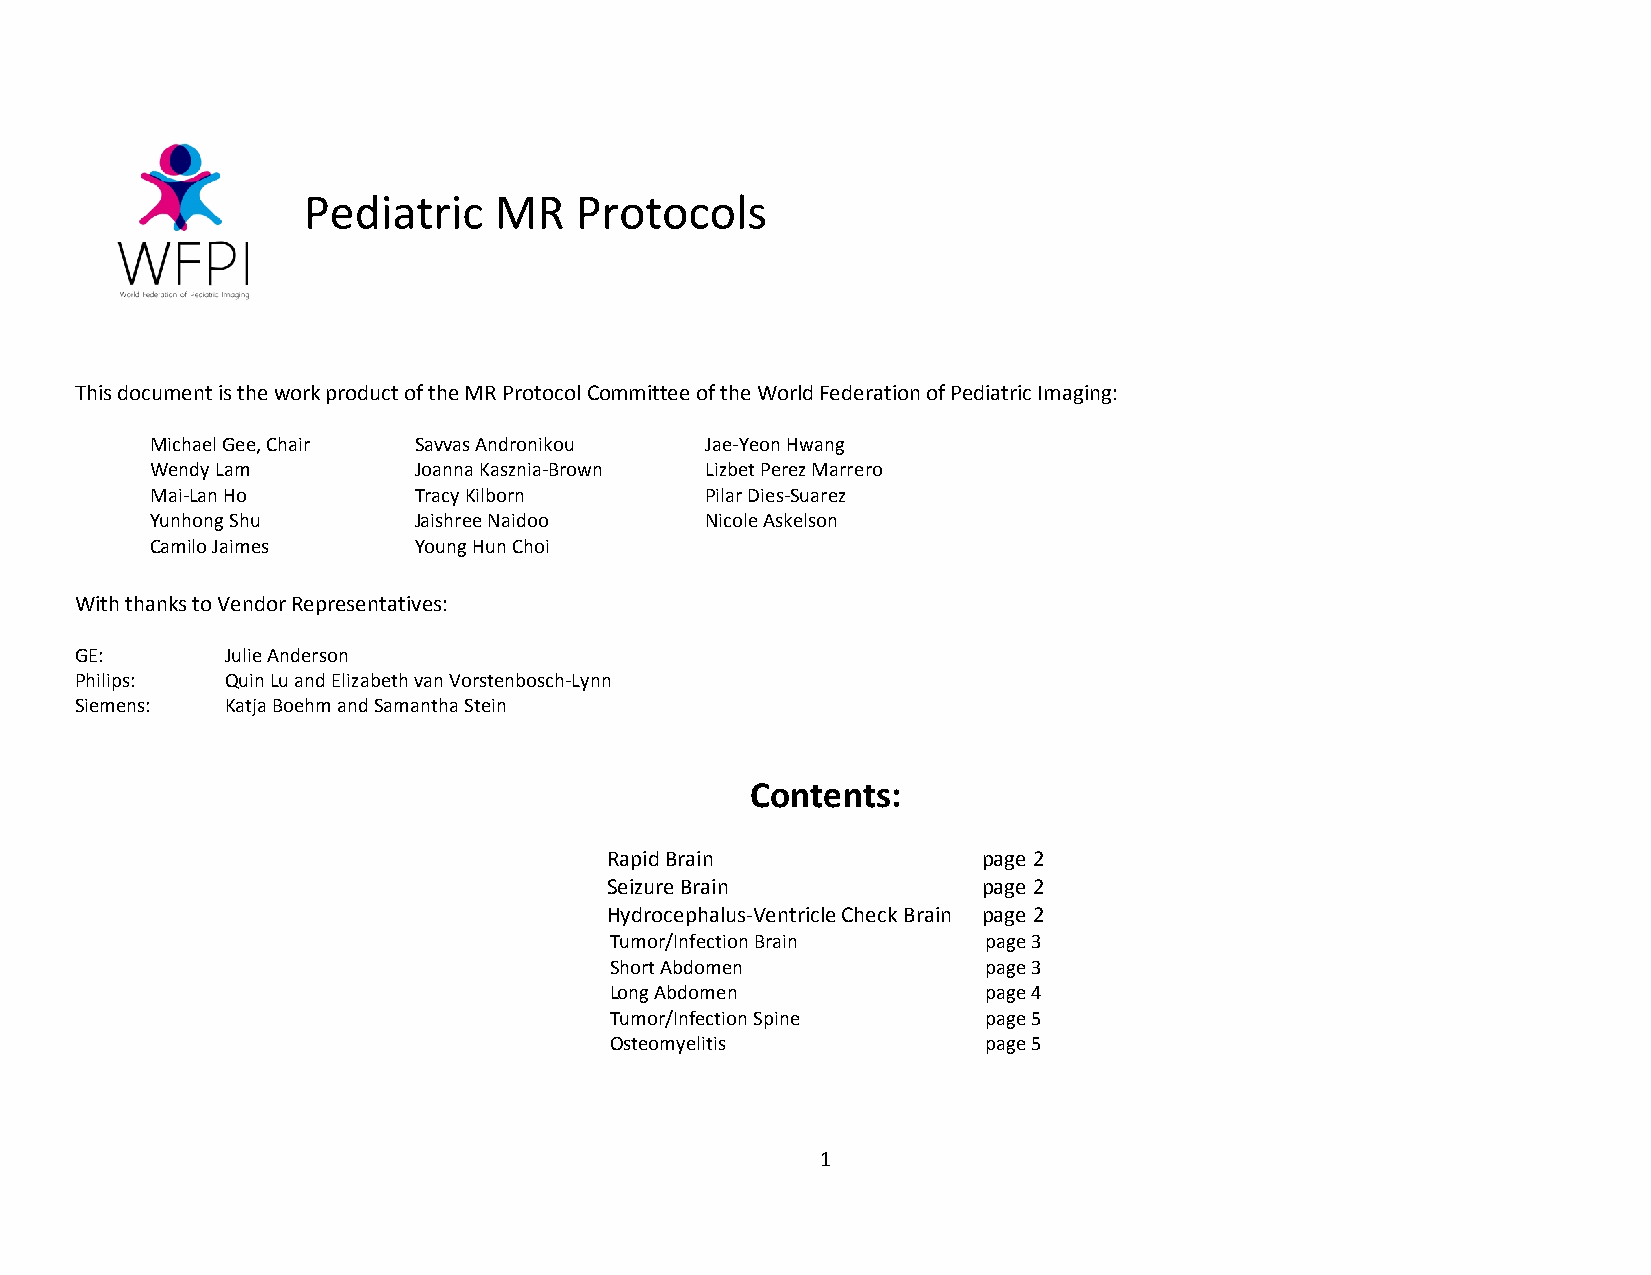
Pediatric    MR   Protocols
 This document is the work product of the MR Protocol Committee of the World Federation of Pediatric Imaging:
 Michael Gee, Chair Savvas Andronikou Jae-Yeon Hwang
 Wendy Lam        Joanna Kasznia-Brown Lizbet Perez Marrero
 Mai-Lan Ho       Tracy Kilborn       Pilar Dies-Suarez
 Yunhong Shu      Jaishree Naidoo     Nicole Askelson
 Camilo Jaimes    Young Hun Choi
 With thanks to Vendor Representatives:
 GE:       Julie Anderson
 Philips:  Quin Lu and Elizabeth van Vorstenbosch-Lynn
 Siemens:  Katja Boehm and Samantha Stein
 Contents:
 Rapid Brain              page 2
 Seizure Brain            page 2
 Hydrocephalus-Ventricle Check Brain page 2
 Tumor/Infection Brain    page 3
 Short Abdomen            page 3
 Long Abdomen             page 4
 Tumor/Infection Spine    page 5
 Osteomyelitis            page 5
 1